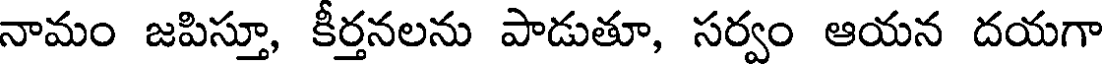
నామం జపిస్తూ, కీర్తనలను పాడుతూ, సర్వం ఆయన దయగా